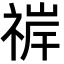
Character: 𬓀